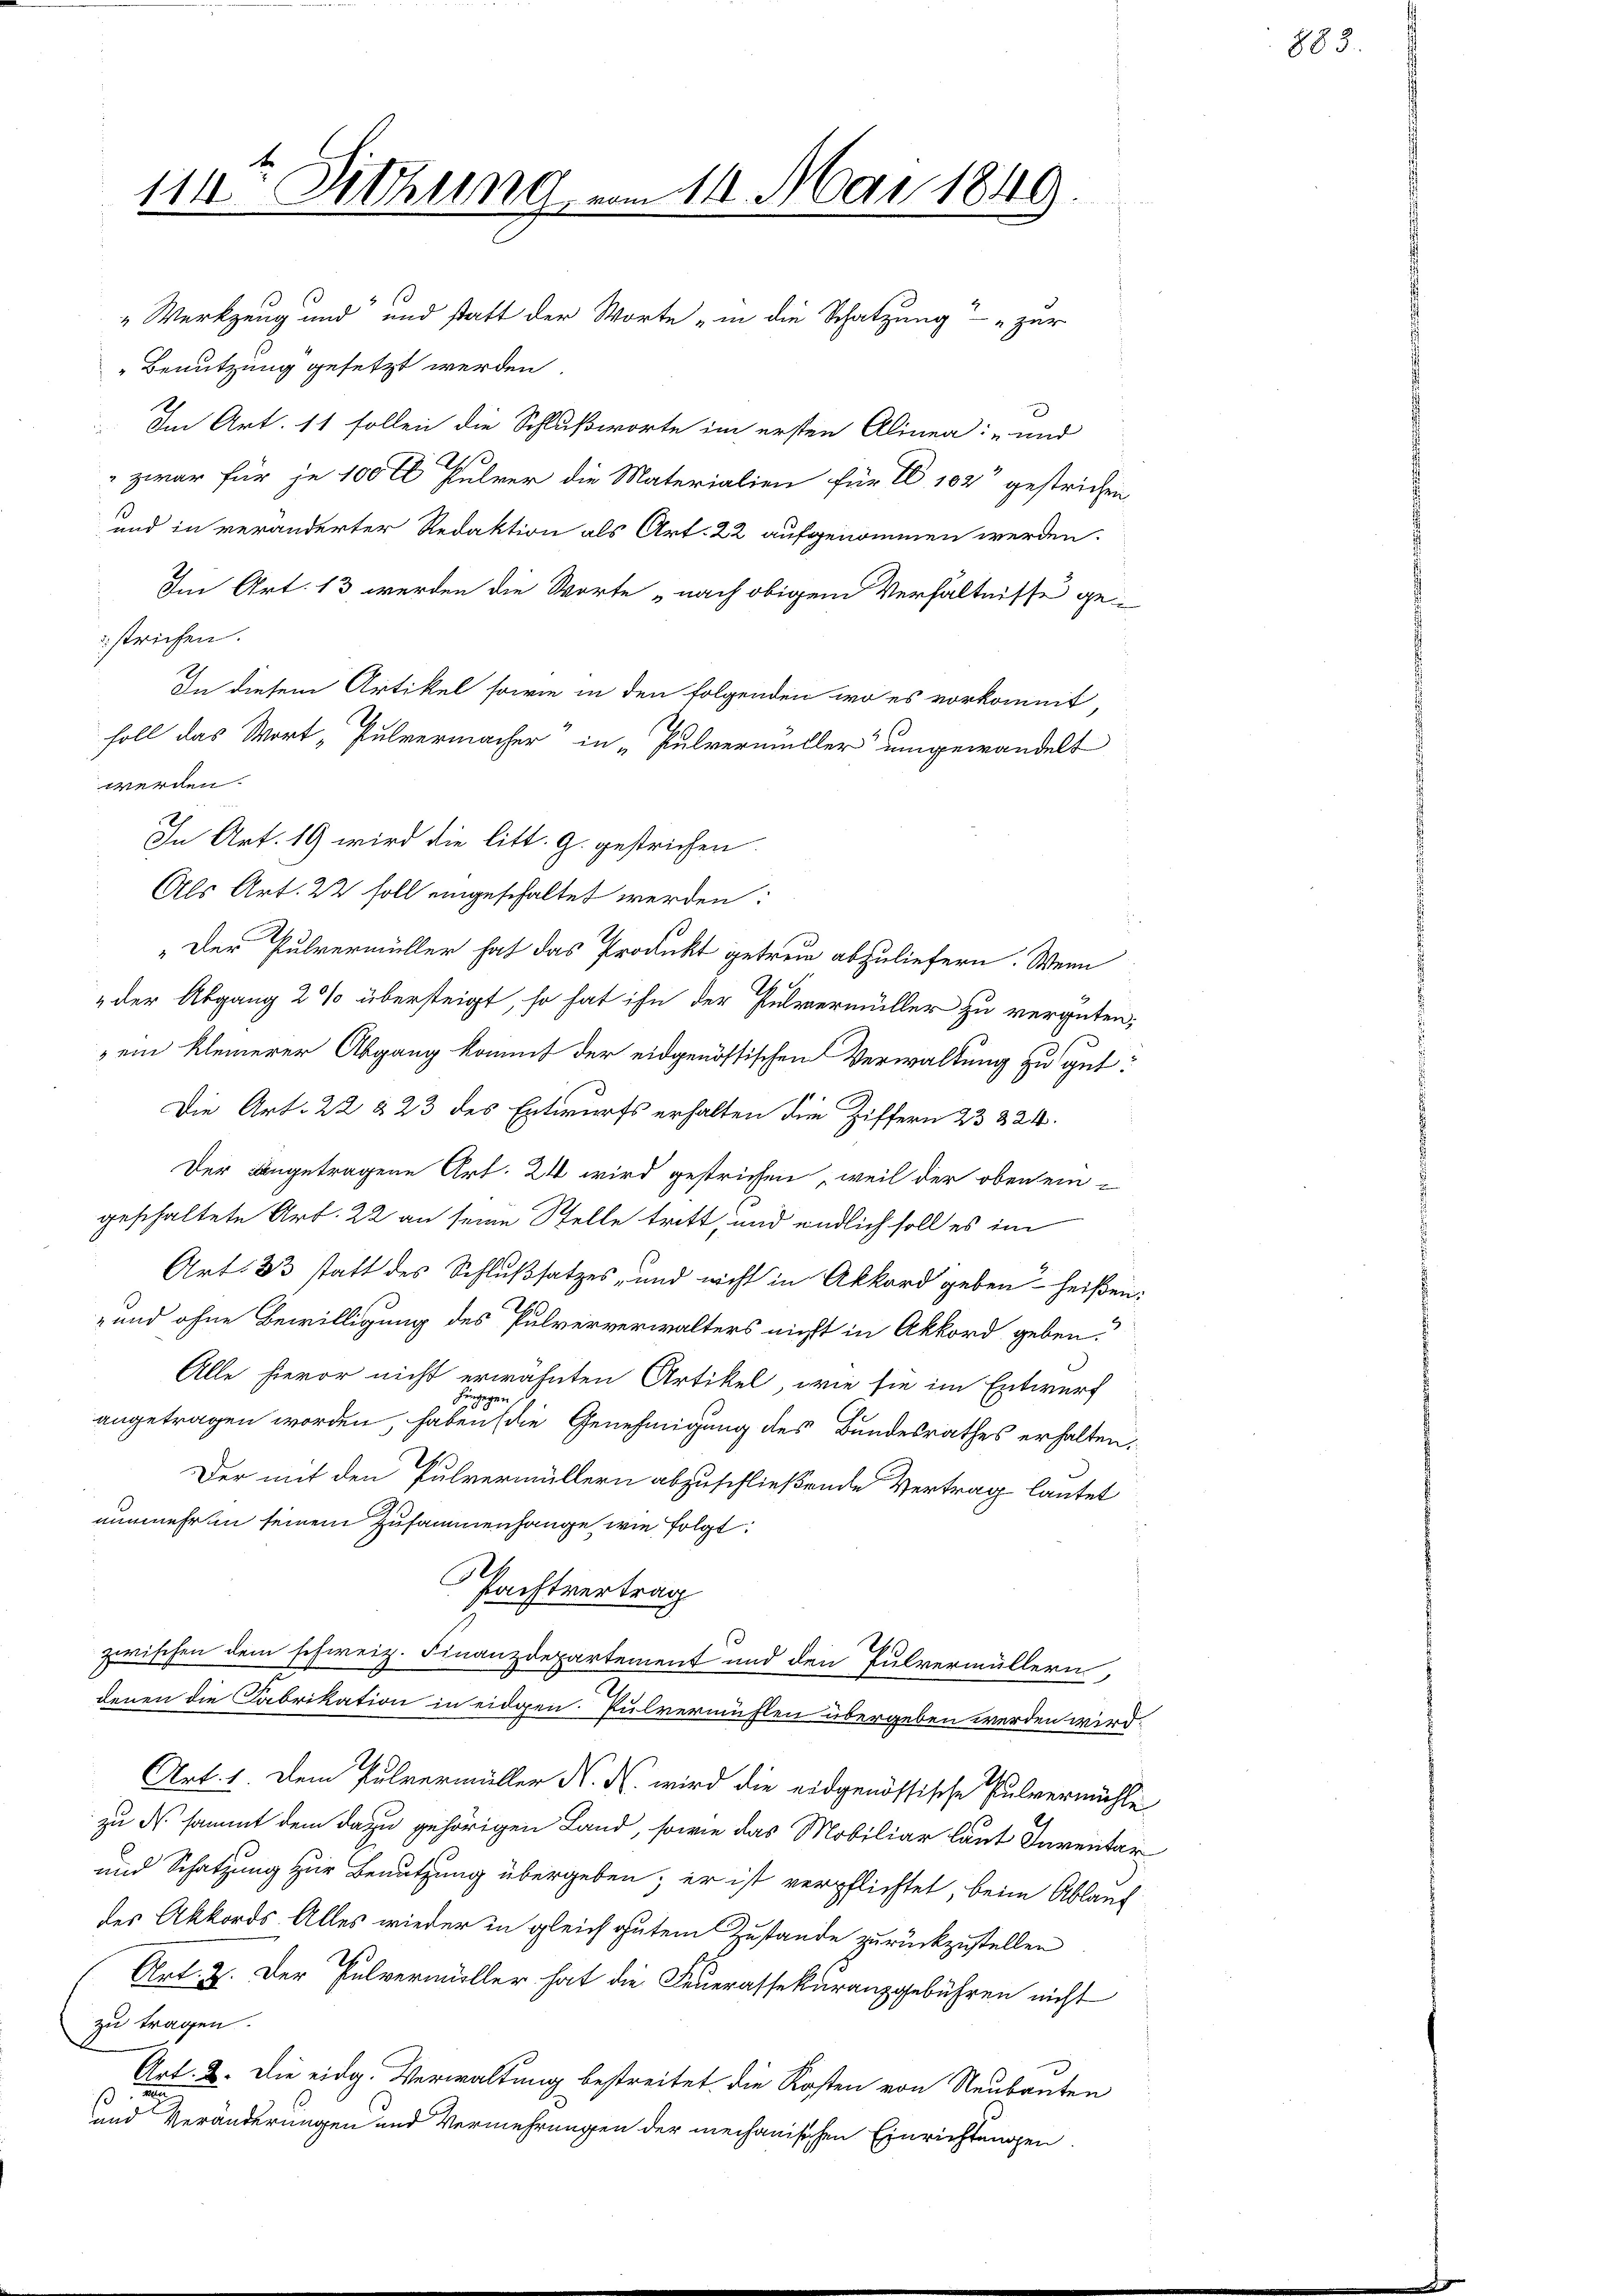
111. Sitzung vom 11. Mai 1849.
Co
"Werkzeug und und statt der Worte „in die Schatzung zur

Benutzung gesetzt werden.
Im Art. 11 sollen die Schlußworte im ersten Alinea: „und
 zwar für je 100 rl Pulver die Materialien für 20 102 gestrichen
und in veränderter Redaktion als Art. 22 aufgenommen werden.
Im Art. 13, werden die Worte „nach obigem Verhältnisse gestrichen.
In diesem Artikel sowie in den folgenden wo es vorkommt,
soll das Wort „Pulvermacher in „Pulvermüller umgewandelt
werden.
In Art. 19 wird die litt. G. gestrichen.
Als Art. 22 soll angeschaltet werden:
"Der Pulvermüller hat das Produkt getreu abzuliefern. Wenn
.
"der Abgang 2%% übersteigt, so hat ihn der Pulvermüller zu vergüten;
ein kleinerer Abgang kommt der eidgenössischen Verwaltung zu gut:
Die Art. 22 § 23 des Entwurfs erhalten die Ziffern 23 324.
Der angetragene Art. 24 wird gestrichen, weil der oben ein-
geschaltete Art. 22 an seine Stelle tritt, und endlich soll es im
Art. 33 statt des Schlußsatzes, und nicht in Akkord geben heißen.
und ohne Bewilligung des Pulververwalters nicht in Akkord geben.
Alle hievor nicht erwähnten Artikel, wie sie im Entwurf
hingegen
angetragen worden, haben (die Genehmigung des Bundesrathes erhalten,
25
Der mit den Pulvermüllern abzuschließende Vertrag lautet
nunmehren seinem Zusammenhange wie folgt:
.
Pachtvertrag
s
zwischen dem schweiz. Finanzdepartement und den Pulvermüllern,
2
denen die Fabrikation in eidgen. Pulvermühlen übergeben werden wird
Art. 1. Dem Pulvermüller N. N. wird die eidgenössische Pulvermühle
zu de sammt dem dazu gehörigen Land, sowie das Mobiliar laut Inventa
und Schatzung zur Benutzung übergeben; er ist verpflichtet, beim Ablauf
des Akkords Alles wieder in gleich gutem Zustande zurückzustellen
Art. 2. Der Pulvermüller hat die Feuerassekuranzgebühren nicht
zu tragen.
Art. 2. Die eidg. Verwaltung bestreitet, die Kosten von Neubauten
u
ß
und Veränderungen und Vermehrungen der mechanischen Einrichtungen

883.